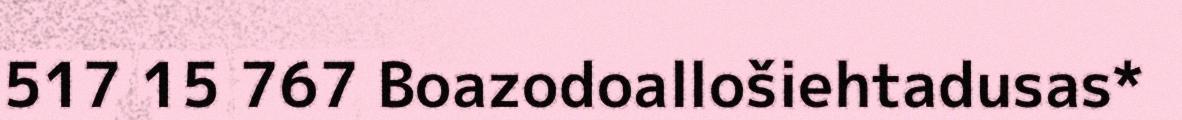
517 15 767 Boazodoallošiehtadusas*